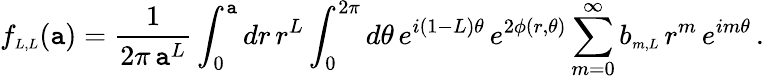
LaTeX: f_{\scriptscriptstyle{L,L}}(\mathtt{a})=\frac{{1}}{{2\pi\, \mathtt{a}^{L}}}\int_{0}^{\mathtt{a}}dr\, r^{L}\int_{0}^{2\pi}d\theta\, e^{i(1-L)\theta}\, e^{2\phi(r,\theta)}\sum_{m=0}^{\infty}b_{\scriptscriptstyle{m,L}}\, r^{m}\, e^{im\theta}\, .